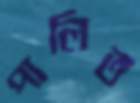
পালিত